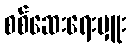
စစ်ဆေးရေးမှူး